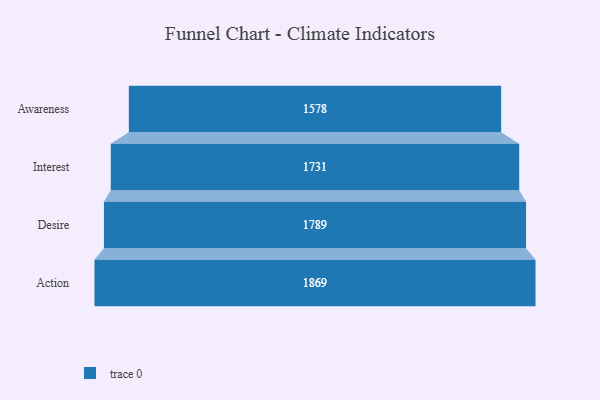
{"axis": {"x": "Stage", "y": "Value"}, "legend": [""], "data": [{"x": "Awareness", "y": 1578.0, "type": ""}, {"x": "Interest", "y": 1731.0, "type": ""}, {"x": "Desire", "y": 1789.0, "type": ""}, {"x": "Action", "y": 1869.0, "type": ""}]}